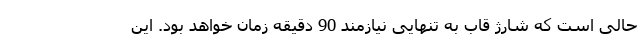
حالی است که شارژ قاب به تنهایی نیازمند 90 دقیقه زمان خواهد بود. این